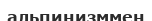
альпинизммен